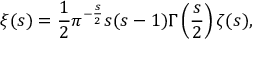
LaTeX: \xi ( s ) = { \frac { 1 } { 2 } } \pi ^ { - { \frac { s } { 2 } } } s ( s - 1 ) \Gamma \left( { \frac { s } { 2 } } \right) \zeta ( s ) ,